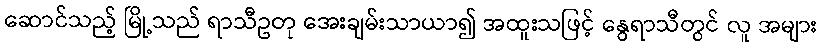
ဆောင်သည့် မြို့သည် ရာသီဥတု အေးချမ်းသာယာ၍ အထူးသဖြင့် နွေရာသီတွင် လူ အများ